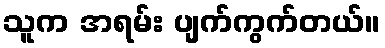
သူက အရမ်း ပျက်ကွက်တယ်။